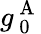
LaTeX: g_{\mathrm{~0~}}^{\mathrm{~A~}}